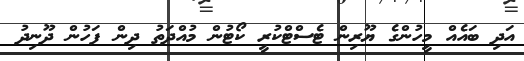
އަދި ބައެއް މީހުންގެ ޔޫރިން ޓެސްޓްކުރީ ކޯޓުން މުއްދަތު ދިން ފަހުން ދޫނިދު